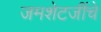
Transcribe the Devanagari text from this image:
जमशेटजींचे